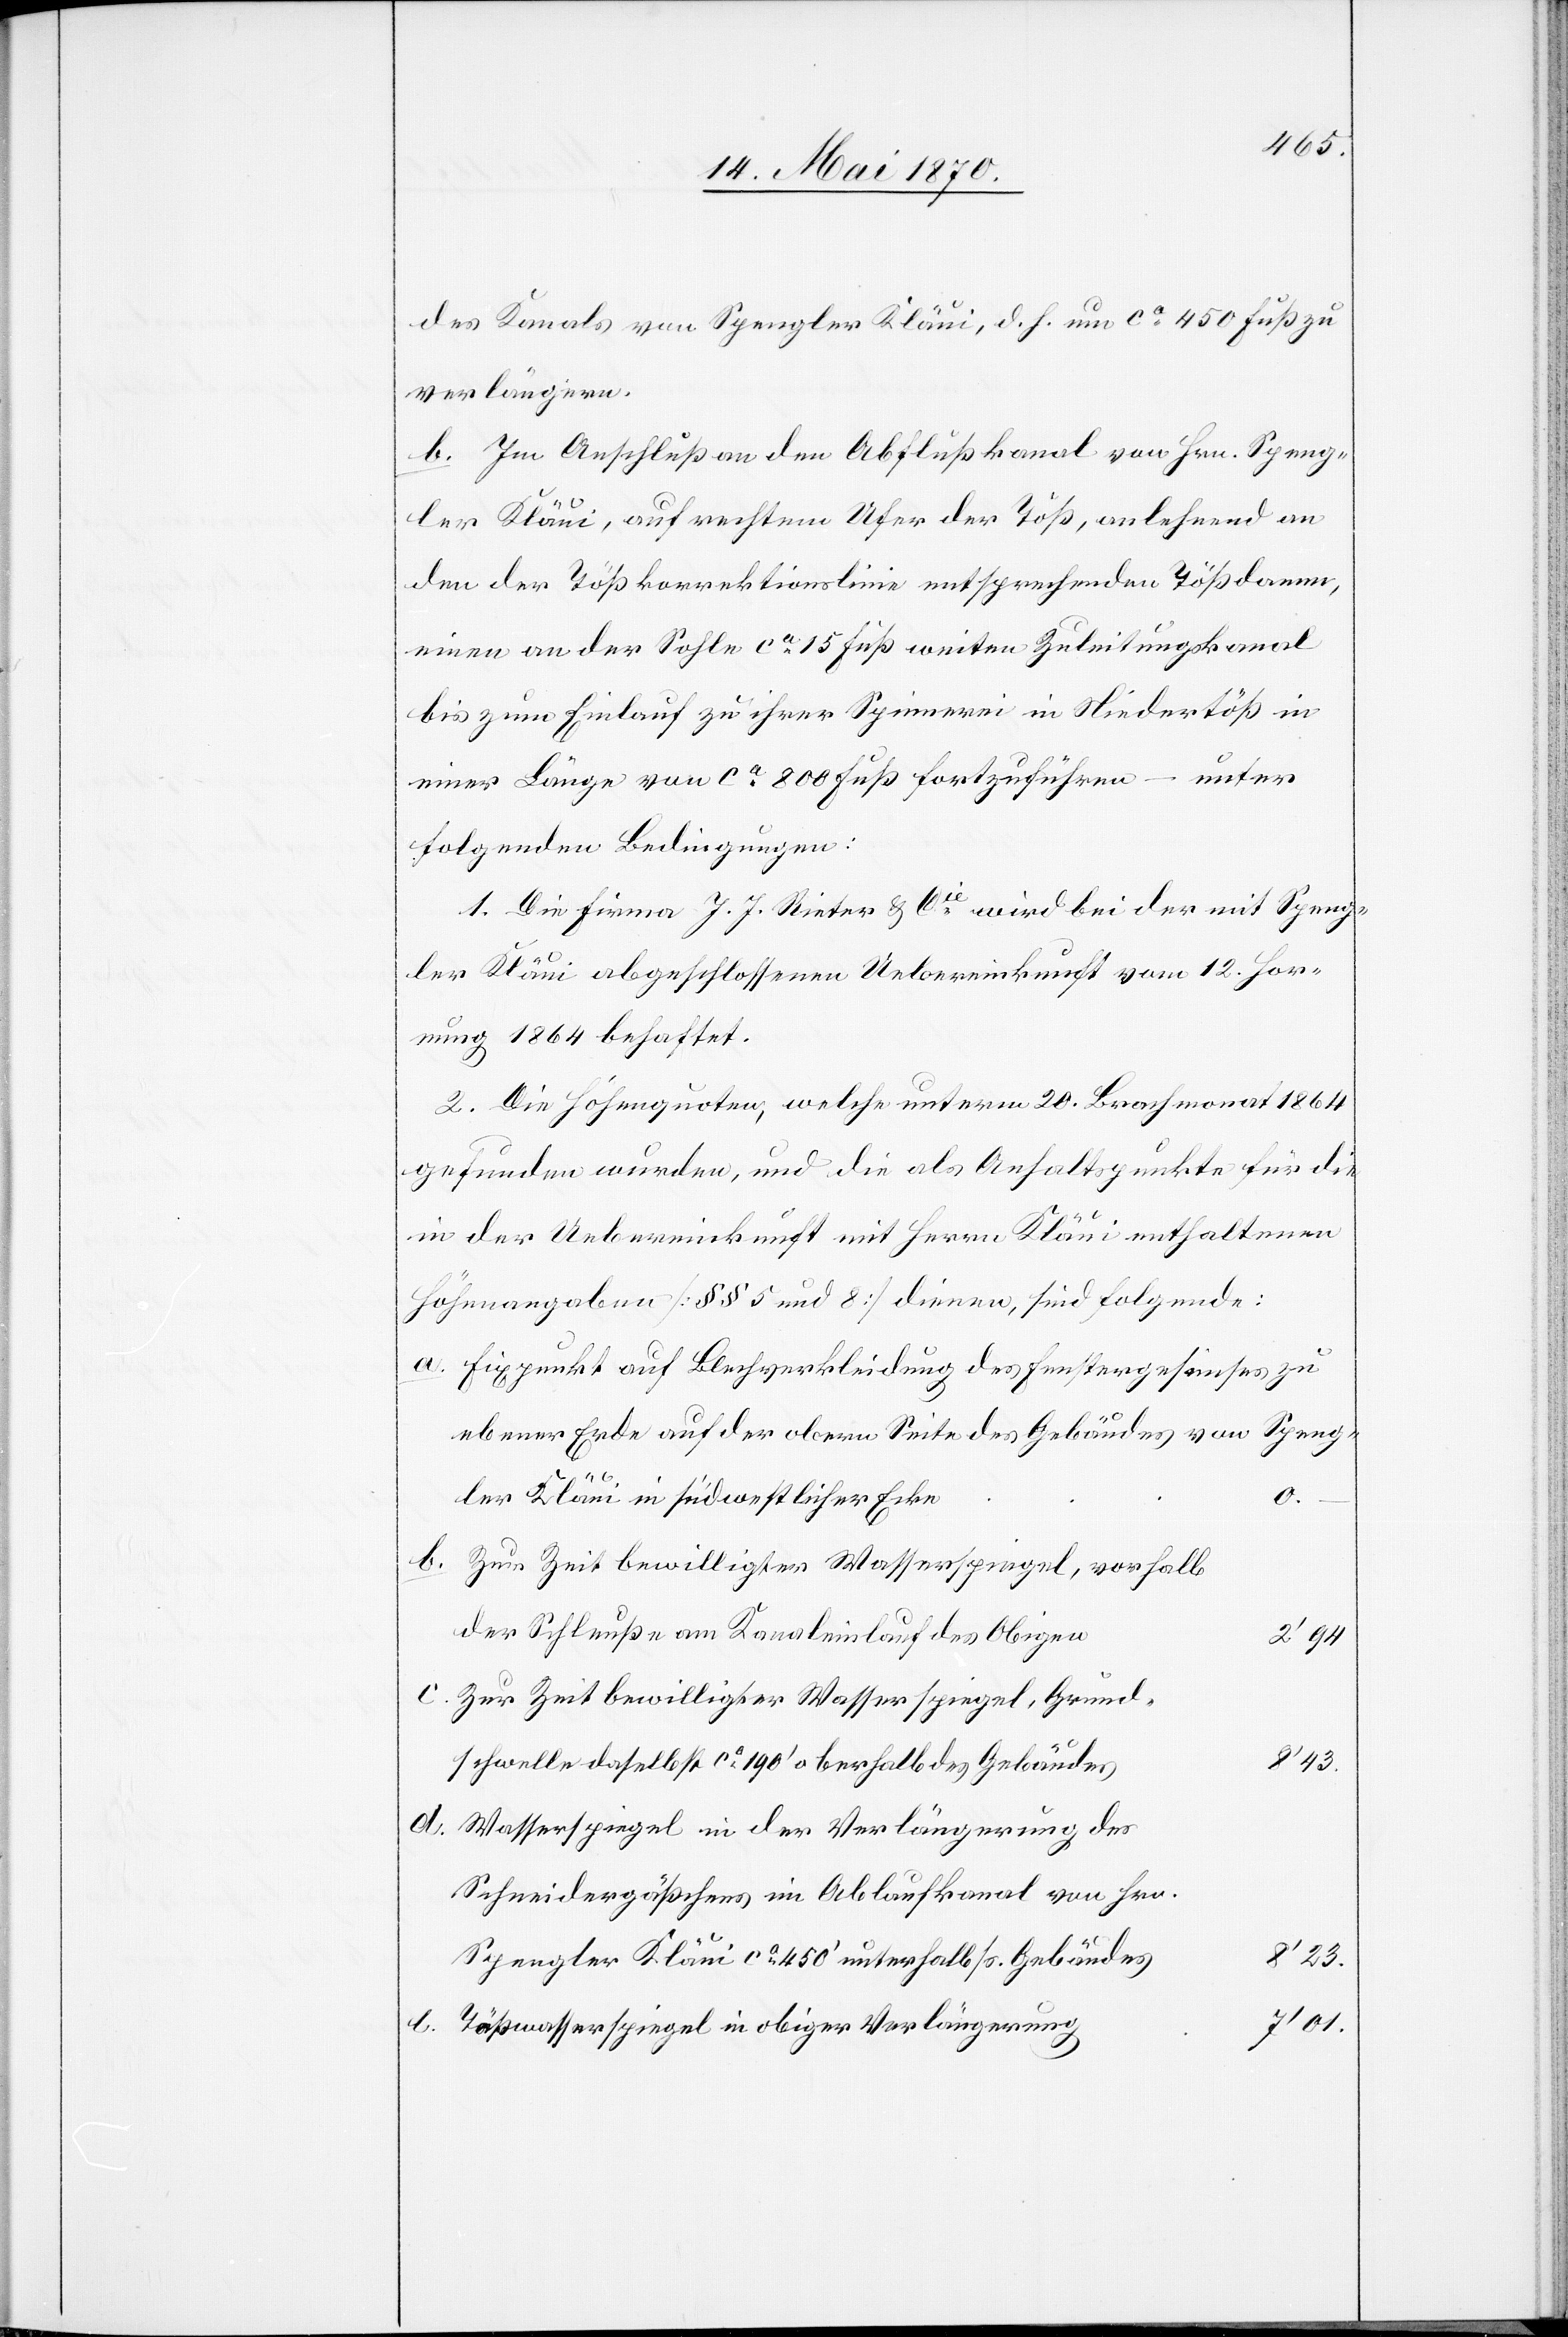
des Kanals vom Spengler Kläui, d. h. um ca 450 Fuß zu
verlängern.
b. Im Anschluß an den Abflußkanal von Hrn. Speng¬
ler Kläui, auf rechtem Ufer der Töß, anlehnend an
den der Tößkorrektionslinie entsprechenden Tößdamm,
einen an der Sohle ca 15 Fuß weiten Zuleitungskanal
bis zum Einlauf zu ihrer Spinnerei in Niedertöß in
einer Länge von ca 800 Fuß fortzuführen – unter
folgenden Bedingungen:
1. Die Firma J. J. Rieter & Cie wird bei der mit Speng¬
ler Kläui abgeschlossenen Uebereinkunft vom 12. Hor¬
nung 1864 behaftet.
2. Die Höhenquoten, welche unterm 20. Brachmonat 1864
gefunden wurden, und die als Anhaltspunkte für die
in der Uebereinkunft mit Herrn Kläui enthaltenen
Höhenangaben [§§ 5 und 8] dienen, sind folgende:
Fixpunkt auf Blechverkleidung des Fenstergesimses zu
ebener Erde auf der obern Seite des Gebäudes von Speng¬
ler Kläui in südwestlicher Ecke
e.
Zur Zeit bewilligter Wasserspiegel, vorhalb
der Schleuße am Kanaleinlauf des Obigen
2‘94
Zur Zeit bewilligter Wassersspiegel, Grund¬
8’43.
schwelle daselbst ca 190‘ oberhalb des Gebäudes
Wasserspiegel in der Verlängerung des
Schneidergäßchens im Ablaufkanal von Hrn.
8’23.
Spengler Kläui ca 450‘ unterhalb ss. Gebäudes
7’01.
Tößwasserspiegel in obiger Verlängerung